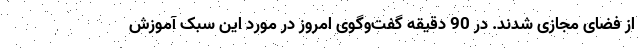
از فضای مجازی شدند. در 90 دقیقه گفت‌وگوی امروز در مورد این سبک آموزش